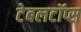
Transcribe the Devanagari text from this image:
टेबलटॉप्स